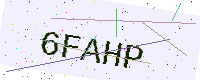
Text: 6FAHP